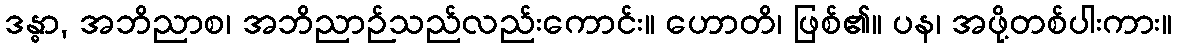
ဒန္ဓာ, အဘိညာစ၊ အဘိညာဉ်သည်လည်းကောင်း။ ဟောတိ၊ ဖြစ်၏။ ပန၊ အဖို့တစ်ပါးကား။